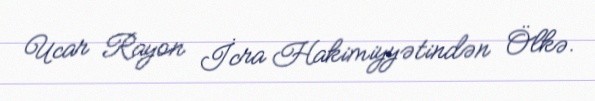
Ucar Rayon İcra Hakimiyyətindən Ölkə.